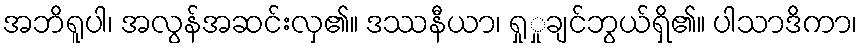
အဘိရူပါ၊ အလွန်အဆင်းလှ၏။ ဒဿနီယာ၊ ရှုှုချင်ဘွယ်ရှိ၏။ ပါသာဒိကာ၊